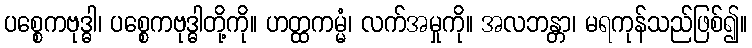
ပစ္စေကဗုဒ္ဓါ၊ ပစ္စေကဗုဒ္ဓါတို့ကို။ ဟတ္ထကမ္မံ၊ လက်အမှုကို။ အလဘန္တာ၊ မရကုန်သည်ဖြစ်၍။